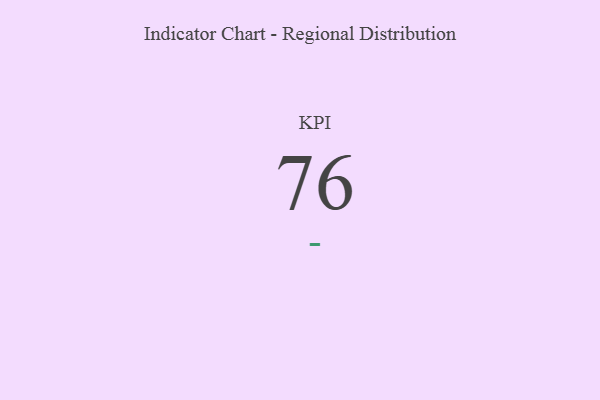
{"axis": {"x": "KPI", "y": "Value"}, "legend": [""], "data": [{"x": "KPI", "y": 76, "type": ""}]}